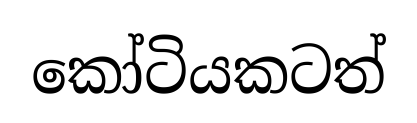
කෝටියකටත්